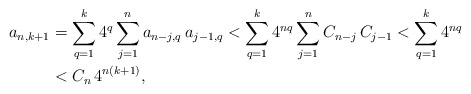
\begin{align*} a_{n,k+1}&= \sum_{q=1}^k 4^q\sum_{j=1}^n a_{n-j,q}\, a_{j-1,q}<\sum_{q=1}^k 4^{nq}\sum_{j=1}^n C_{n-j}\, C_{j-1}< \sum_{q=1}^k 4^{nq}\\ &< C_n \,4^{n(k+1)}, \end{align*}